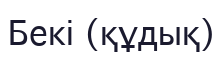
Бекі (құдық)